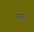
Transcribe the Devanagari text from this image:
सरख